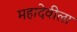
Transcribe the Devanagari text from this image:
महादेवीला